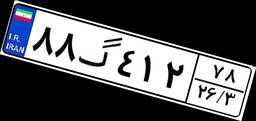
۵۴گ۳۹۷۸۷